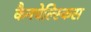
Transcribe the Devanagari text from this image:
कैनचेल्स्किस